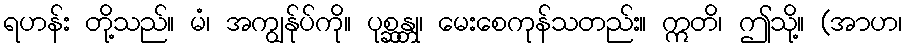
ရဟန်း တို့သည်။ မံ၊ အကျွန်ုပ်ကို။ ပုစ္ဆန္တု၊ မေးစေကုန်သတည်း။ ဣတိ၊ ဤသို့။ (အာဟ၊